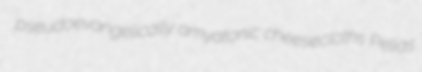
pseudoevangelically amyatonic cheesecloths Pelias